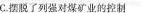
C.摆脱了列强对煤矿业的控制